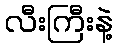
လီးကြီးနဲ့